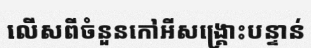
លើសពីចំនួនកៅអីសង្គ្រោះបន្ទាន់